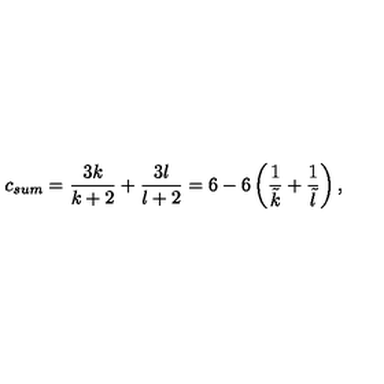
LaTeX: c _ { s u m } = { \frac { 3 k } { k + 2 } } + { \frac { 3 l } { l + 2 } } = 6 - 6 \left( { \frac { 1 } { \tilde { k } } } + { \frac { 1 } { \tilde { l } } } \right) ,